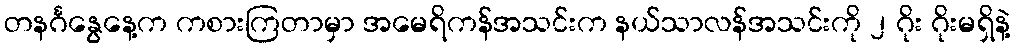
တနင်္ဂနွေနေ့က ကစားကြတာမှာ အမေရိကန်အသင်းက နယ်သာလန်အသင်းကို ၂ ဂိုး ဂိုးမရှိနဲ့